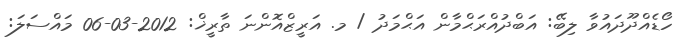
ހޯޑެއްދޫދައުވާ ލިބޭ: އަބްދުއްރަޙްމާން އަޙްމަދު / މ. އަރީޒްއޮންނަ ތާރީޚް: 2012-03-06 މައްސަލަ: